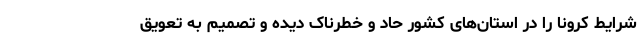
شرایط کرونا را در استان‌های کشور حاد و خطرناک دیده و تصمیم به تعویق